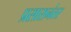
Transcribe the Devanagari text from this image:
प्रसारानंतर